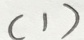
( 1 )